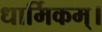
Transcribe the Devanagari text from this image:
धार्मिकम्‌।